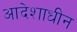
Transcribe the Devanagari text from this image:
आदेशाधीन